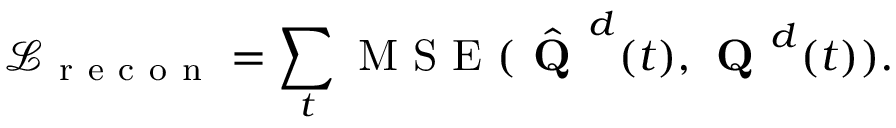
\mathcal { L } _ { \mathrm { ~ r ~ e ~ c ~ o ~ n ~ } } = \sum _ { t } \mathrm { ~ M ~ S ~ E ~ } ( \hat { \textbf { Q } } ^ { d } ( t ) , \textbf { Q } ^ { d } ( t ) ) .